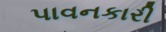
પાવનકારી